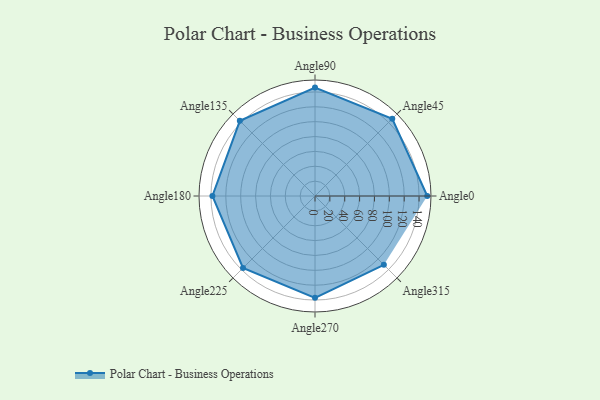
{"axis": {"x": "Angle", "y": "Radius"}, "legend": [""], "data": [{"x": "Angle0", "y": 151.0, "type": ""}, {"x": "Angle45", "y": 147.0, "type": ""}, {"x": "Angle90", "y": 146.0, "type": ""}, {"x": "Angle135", "y": 143.0, "type": ""}, {"x": "Angle180", "y": 138.0, "type": ""}, {"x": "Angle225", "y": 137.0, "type": ""}, {"x": "Angle270", "y": 137.0, "type": ""}, {"x": "Angle315", "y": 131.0, "type": ""}]}